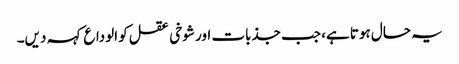
یہ حال ہوتا ہے، جب جذبات اور شوخی عقل کو الوداع کہہ دیں۔